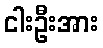
ငါးဦးအား